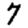
Digit: 7